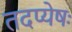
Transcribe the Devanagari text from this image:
तदप्येषः